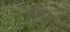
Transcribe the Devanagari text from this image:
बुढापा।